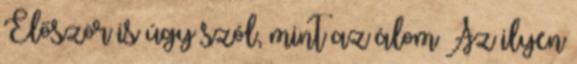
Először is úgy szól, mint az álom Az ilyen